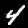
Label: 4